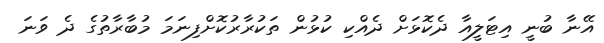
އޭނާ ބުނީ އިޓަލީއާ ދެކޮޅަށް ދެއްކި ކުޅުން ތަކުރާރުކޮށްފިނަމަ މުބާރާތުގެ ދެ ވަނަ